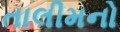
તાલીમનો